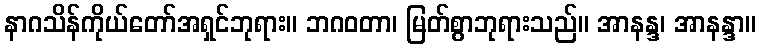
နာဂသိန်ကိုယ်တော်အရှင်ဘုရား။ ဘဂဝတာ၊ မြတ်စွာဘုရားသည်။ အာနန္ဒ၊ အာနန္ဒာ။